Report on vaccination in Madras 1904-1921 - 1904-1921
Year: 1904
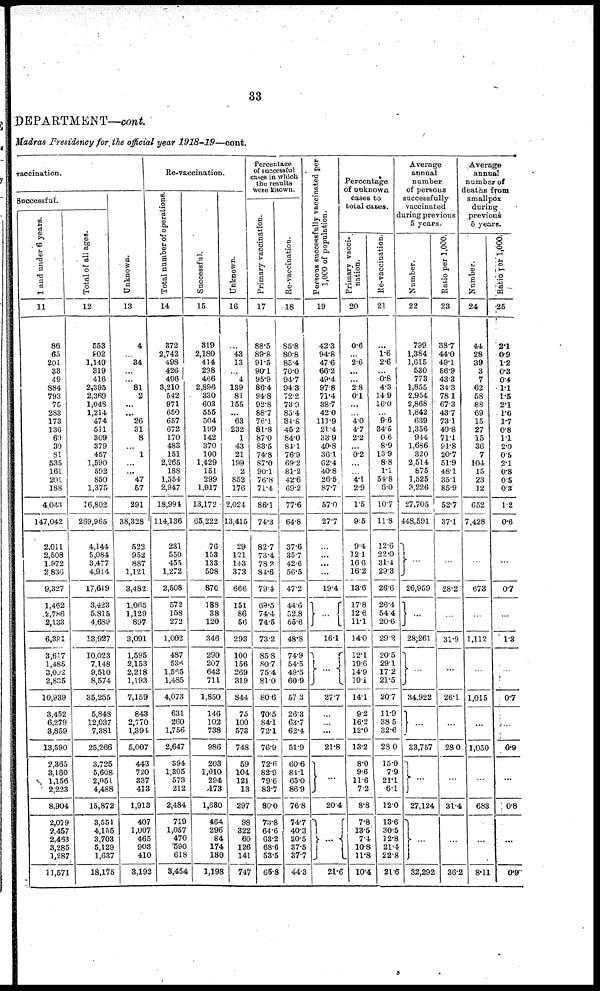
33
DEPARTMENT—cont.
Madras Presidency for the official year 1918-19—cont.
vaccination.
Successful.
1 and under 6 years.
11
86
65
201
33
49
884
793
75
283
173
136
69
30
81
535
161
201
188
4,043
147,042
2,011
2,508
1.972
2,836
9,327
1,462
2,786
2,133
6,381
3,617
1,485
3,002
2,835
10,939
3,452
6,279
3,859
13,590
2,365
3,160
1,156
2,223
8,904
2,079
2,457
2,463
3,285
1,287
11,571
Total of all ages.
12
558
802
1,149
319
416
2,395
2,369
1,048
1,214
474
511
309
379
457
1,590
592
850
1,375
16,802
269,965
4,144
5,084
3,477
4,914
17,619
3,423
5,815
4,639
13,927
10,023
7,148
9,510
8,574
35,255
5,848
12,037
7,381
25,266
3,725
5,608
2,051
4,488
15,872
3,551
4,155
3,703
5,129
1,637
16,175
Unknown.
13
4
...
34
...
...
81
2
...
...
26
31
8
...
1
...
...
47
57
291
38,328
522
952
887
1,121
3,482
1,065
1,129
897
3,091
1,595
2,153
2,218
1,193
7,159
843
2,770
1,394
5,007
443
720
337
413
1,913
407
1,007
465
903
410
3,192
Re-vaccination.
Total number of operations.
14
372
2,742
498
426
496
3,210
542
971
650
657
672
170
483
151
2,265
188
1,554
2,947
18,994
114,136
231
550
455
1,272
2,508
572
158
272
1,002
487
536
1,565
1,485
4,073
631
260
1,756
2,647
394
1,305
573
212
2,484
719
1,057
470
590
618
3,454
Successful.
15
319
2,180
414
298
466
2,898
330
603
555
504
199
142
370
100
1,429
151
299
1,917
13,172
65,222
76
153
133
508
870
188
38
120
346
290
207
642
711
1,850
146
102
738
986
203
1,010
294
173
1,680
464
296
84
174
180
1,198
Unknown.
16
...
43
13
...
4
139
81
155
...
63
232
1
43
21
199
2
852
176
2,024
13,415
29
121
143
373
666
151
86
56
293
100
156
269
319
844
75
100
573
748
59
104
121
13
297
98
822
60
126
141
747
Percentage
of successful
cases in which
the results
were known.
Primary vaccination.
17
88.5
89.8
91.5
90.1
95.9
86.4
94.8
92.8
88.7
76.1
81.8
87.0
83.5
74.8
87.0
90.1
76.8
71.4
86.1
74.3
82.7
73.4
78.2
84.6
79.4
69.5
74.4
74.5
73.2
85.8
80.7
75.4
81.0
80.6
70.5
84.1
72.1
76.9
72.6
82.9
79.6
83.7
80.0
73.8
64.6
63.2
68.6
53.5
65.8
Re-vaccination.
18
85.8
80.8
85.4
70.0
94.7
94.3
72.2
73.9
85.4
84.8 .
45.2
84.0
84.1
76.9
69.2
81.2
42.6
69.2
77.6
64.8
37.6
35.7
42.6
56.5
47.2
44.6
52.8
55.6
48.8
74.9
54.5
49.5
60.9
57.3
26.3
63.7
62.4
51.9
60.6
84.1
65.0
86.9
76.8
74.7
40.3
20.5
37.5
37.7
44.3
Persons successfully vaccinated per
1,000 of population.
19
42.3
94.8
47.6
66.2
49.4
97.8
71.4
38.7
42.0
113.9
21.4
33.9
40.8
36.1
62.4
40.8
26.5
87.7
57.0
27.7
...
...
...
...
19.4
...
16.1
...
27.7
...
...
...
21.8
...
...
...
...
20.4
...
...
...
...
...
21.6
Percentage
of unknown
cases to
total cases.
Primary vacci-
nation.
20
0.6
...
2.6
...
...
2.8
0.1
...
...
4.0
4.7
2.2
...
0.2
...
...
4.1
2.9
1.5
9.5
9.4
12.1
16.6
16.2
13.6
17.8
12.6
11.1
14.0
12.1
19.6
14.9
10.1
14.1
9.2
16.2
12.0
13.2
8.0
9.6
11.6
7.2
8.8
7.8
13.5
7.4
10.8
11.8
10.4
Re-vaccination.
21
...
1.6
2.6
...
0.8
4.3
14.9
16.0
...
9.6
34.5
0.6
8.9
13.9
8.8
1.1
54.8
6.0
10.7
11.8
12.6
22.0
31.4
29.3
26.6
26.4
54.4
20.6
29.2
20.5
29.1
17.2
21.5
20.7
11.9
38.5
32.6
28.0
15.0
7.9
21.1
6.1
12.0
13.6
30.5
32.8
21.4
22.8
21.6
Average
annual
number.
of persons
successfully
vaccinated
during previous
5 years.
Number.
22
799
1,384
1,615
530
773
1,855
2,954
2,868
1,842
639
1,356
944
1,686
320
2,514
875
1,525
3,226
27,705
448,591
...
26,959
...
28,261
...
34,922
...
33,757
...
...
...
...
27,124
...
...
...
...
...
32,292
Ratio per 1,000.
23
38.7
44.0
49.1
56.9
43.3
34.3
78.1
67.3
43.7
73.1
40.8
71.1
91.8
20.7
51.9
48.1
35.1
85.9
52.7
37.1
...
28.2
...
31.9
...
26.1
...
28.0
...
...
...
...
31.4
...
...
...
...
...
36.2
Average
annual
number of
deaths from
smallpox
during
previous
5 years.
Number.
24
44
28
39
3
7
62
58
88
69
15
27
15
36
7
104
15
23
12
652
7,428
...
673
...
1,112
...
1,015
...
1,050
...
...
...
...
683
...
...
...
...
...
8.11
Ratio per 1,000.
25
2.1
0.9
1.2
0.3
0.4
1.1
1.5
2.1
1.6
1.7
0.8
1.1
2.0
0.5
2.1
0.8
0.5
0.3
1.2
0.6
...
0.7
...
1.3
...
0.7
...
0.9
...
...
...
...
0.8
...
...
...
...
...
0.9